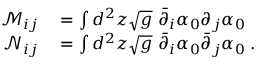
\begin{array} { r l } { \mathcal M _ { i j } } & { { } = \int d ^ { 2 } z \sqrt { g } \ \bar { \partial } _ { i } \alpha _ { 0 } \partial _ { j } \alpha _ { 0 } } \\ { \mathcal N _ { i j } } & { { } = \int d ^ { 2 } z \sqrt { g } \ \bar { \partial } _ { i } \alpha _ { 0 } \bar { \partial } _ { j } \alpha _ { 0 } \; . } \end{array}